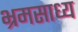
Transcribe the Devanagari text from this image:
भ्रमसाध्य